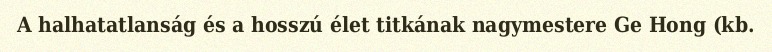
A halhatatlanság és a hosszú élet titkának nagymestere Ge Hong (kb.